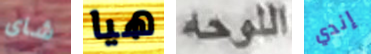
شاى هيا اللوحه إندي